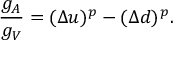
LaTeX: \frac { g _ { A } } { g _ { V } } = ( \Delta u ) ^ { p } - ( \Delta d ) ^ { p } .